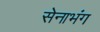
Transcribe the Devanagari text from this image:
सेनाभंग